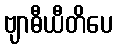
ဗျာဓီယီတိပေ